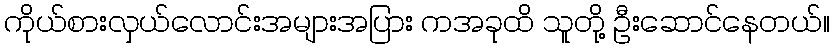
ကိုယ်စားလှယ်လောင်းအများအပြား ကအခုထိ သူတို့ ဦးဆောင်နေတယ်။